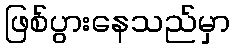
ဖြစ်ပွားနေသည်မှာ